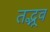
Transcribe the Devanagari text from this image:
तद्भूव